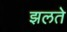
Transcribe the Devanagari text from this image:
झलते